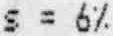
S = 6%